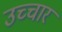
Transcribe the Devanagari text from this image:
उच्‍चार